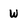
Character: w